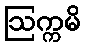
ဩက္ကမိ